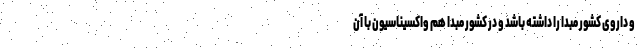
و داروی کشور مبدا را داشته باشد و در کشور مبدا هم واکسیناسیون با آن